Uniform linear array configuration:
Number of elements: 16
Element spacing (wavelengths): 1
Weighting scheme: binomial
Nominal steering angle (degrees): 0
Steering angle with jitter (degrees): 0.7216
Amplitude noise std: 0.05
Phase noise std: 0.05

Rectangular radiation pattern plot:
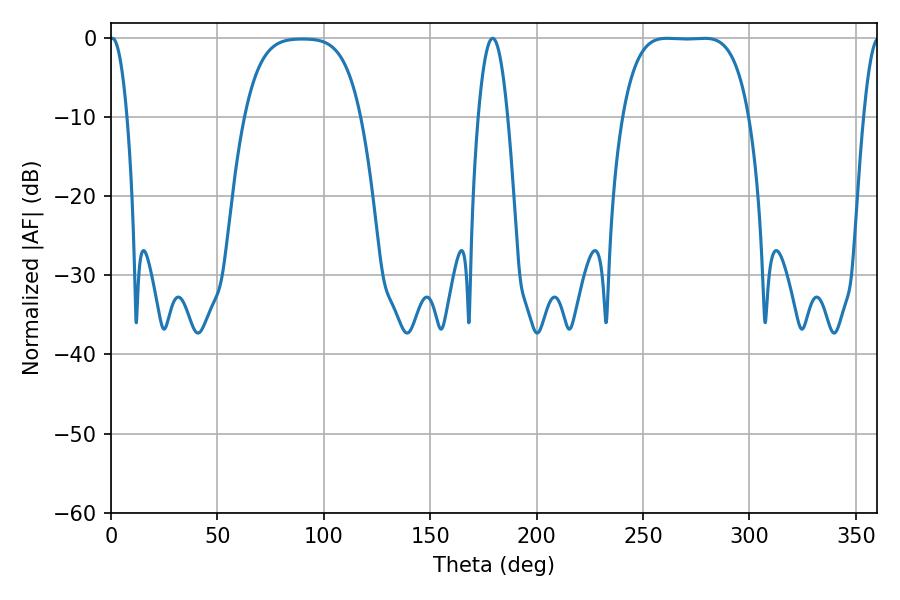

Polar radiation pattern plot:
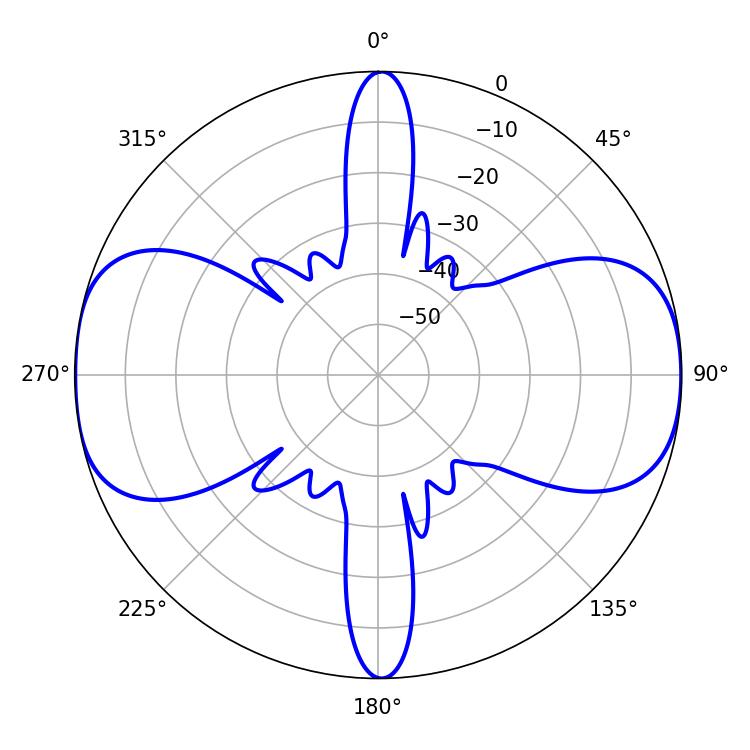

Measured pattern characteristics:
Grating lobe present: TRUE
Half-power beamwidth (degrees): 45.72
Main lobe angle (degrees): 261.18